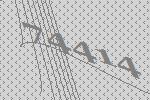
74414